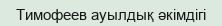
Тимофеев ауылдық әкімдігі